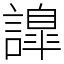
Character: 𧬁